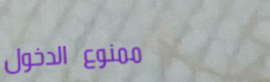
ممنوع الدخول